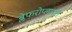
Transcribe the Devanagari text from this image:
ब्लेफरोप्लास्टी